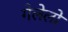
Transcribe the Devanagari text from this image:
गेलेलो